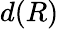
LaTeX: d(R)